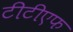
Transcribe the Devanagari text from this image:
टीटीएफ